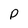
Character: P